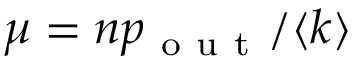
\mu = n p _ { \mathrm { ~ o ~ u ~ t ~ } } / \langle k \rangle